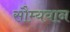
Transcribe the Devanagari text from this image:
सौम्यवान